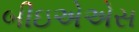
બીઇએએસ